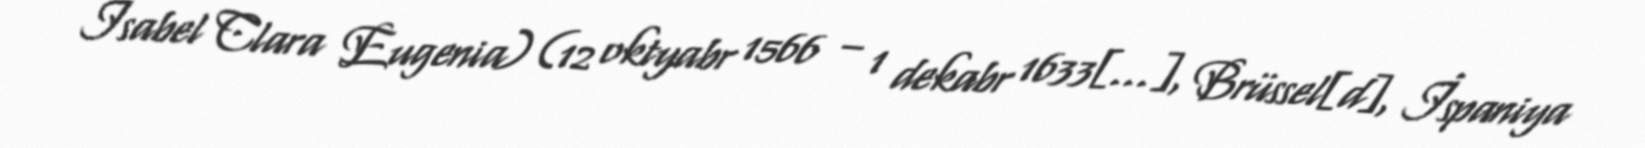
Isabel Clara Eugenia) (12 oktyabr 1566 – 1 dekabr 1633[…], Brüssel[d], İspaniya